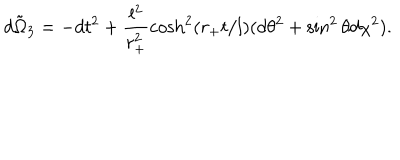
\tilde { d \Omega _ { 3 } } = - d t ^ { 2 } + \frac { l ^ { 2 } } { r _ { + } ^ { 2 } } \cosh ^ { 2 } ( r _ { + } t / l ) ( d \theta ^ { 2 } + \sin ^ { 2 } \theta d \chi ^ { 2 } ) .